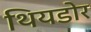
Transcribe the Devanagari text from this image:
थियडोर